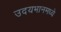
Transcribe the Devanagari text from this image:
उदयभानमध्ये